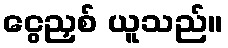
ငွေညှစ် ယူသည်။